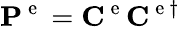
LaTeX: \mathbf{P}^{\mathrm{~e~}}=\mathbf{C}^{\mathrm{~e~}}\mathbf{C}^{\mathrm{~e~}\dagger}